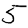
Digit: 5